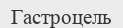
Гастроцель